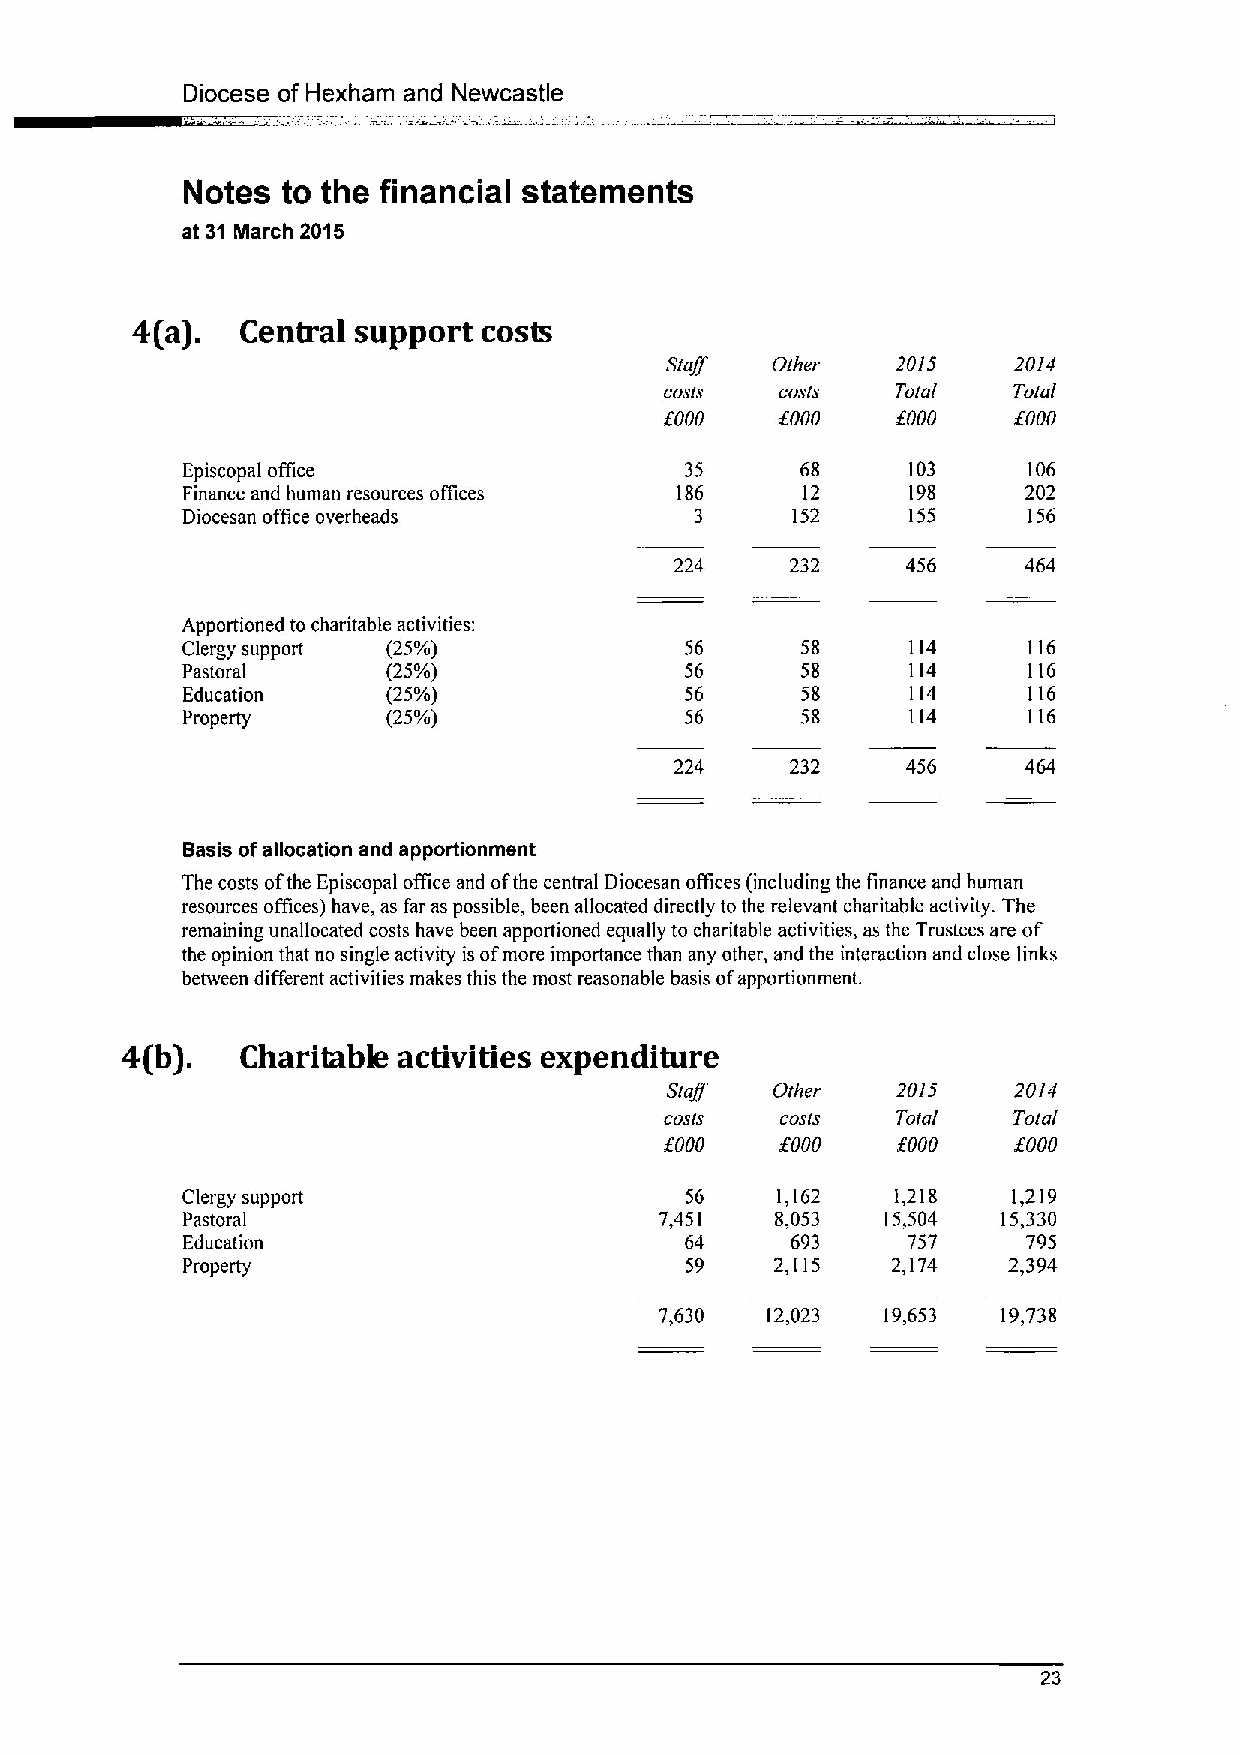
Diocese of Hexham and Newcastle
 Notes  to the financial statements
 at 31 March 2015
 4(a).  Central support costs
 Staff  Other   2015    2OI4
 costs   cosIs  Total   Totol
 6000    6000   OOOO    $000
 Episcopal office                 35      68     103     106
 Finance and human resources offices 186  12     198     202
 Diocesan office overheads         3     152     155     156
 224    232     456     464
 Apportioned to charitable activities:
 Clergy support (25%)             56      58     114     116
 Pastoral      (25%)              56      58     114     116
 Education     (25%)              56      58     114     116
 Property      (25%)              56      58     114     116
 224    232     456     464
 Basis ofallocation and apportionment
 The costs ofthe Episcopal office and ofthe central Diocesan offices (including the finance and human
 resources offices) have, as far as possible, been allocated directly to the relevant charitable activity. The
 remaining unallocated costs have been apportioned equally to charitable activities, as the Trustees are of
 the opinion that no single activity is ofmore importance than any other, and the interaction and close links
 between different activities makes this the most reasonable basis ofapportionment.
 4(b).   Charitabk activities expenditure
 Stag   Other   2075    20/4
 cosIs   costs  Total   Totol
 f000           f000    $000
 OOOO
 Clergy support                   56    1,162   1,218   1,219
 Pastoral                        7,451  8,053   15,504 15,330
 Education                        64     693     757     795
 Property                         59    2,115   2,174   2,394
 7,630  12,023  19,653 19,738
 23